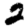
Digit: 2